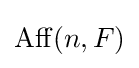
\operatorname {Aff} (n,F)